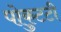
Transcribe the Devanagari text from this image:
पोकुटटी